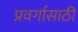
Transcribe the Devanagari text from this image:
प्रवर्गासाठी